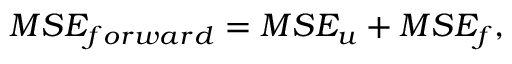
M S E _ { f o r w a r d } = M S E _ { u } + M S E _ { f } ,